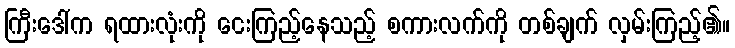
ကြီးဒေါ်က ရထားလုံးကို ငေးကြည့်နေသည့် စကားလက်ကို တစ်ချက် လှမ်းကြည့်၏။